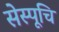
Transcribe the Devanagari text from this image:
सेस्पूचि